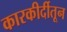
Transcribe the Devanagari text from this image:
कारकीर्दीतून